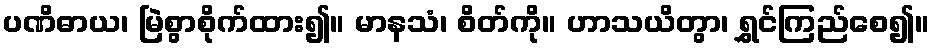
ပဏိဓာယ၊ မြဲစွာစိုက်ထား၍။ မာနသံ၊ စိတ်ကို။ ဟာသယိတွာ၊ ရွှင်ကြည်စေ၍။